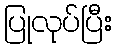
ပြုလုပ်ပြီး